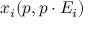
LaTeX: x _ { i } ( p , p \cdot E _ { i } )